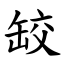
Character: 䍊